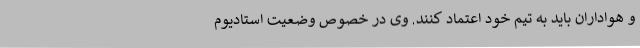
و هواداران باید به تیم خود اعتماد کنند. وی در خصوص وضعیت استادیوم